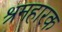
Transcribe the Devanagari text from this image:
श्रमहारक